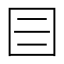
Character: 𡆨